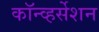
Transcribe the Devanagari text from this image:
कॉन्व्हर्सेशन